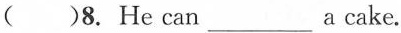
( )8. He can___a cake.